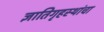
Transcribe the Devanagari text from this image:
ज्ञातिगृहस्थांचा